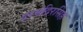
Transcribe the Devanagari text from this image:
हरमंदिरसिंह